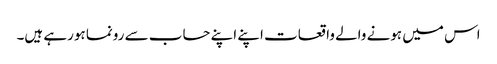
اس میں ہونے والے واقعات اپنے اپنے حساب سے رونما ہورہے ہیں۔